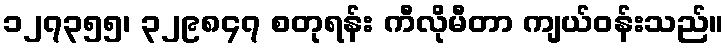
၁၂၇၃၅၅၊ ၃၂၉၈၄၇ စတုရန်း ကီလိုမီတာ ကျယ်ဝန်းသည်။